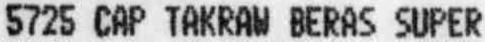
5725 CAP TAKRAW BERAS SUPER